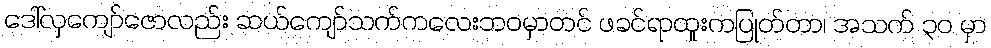
ဒေါ်လှကျော်ဇောလည်း ဆယ်ကျော်သက်ကလေးဘဝမှာတင် ဖခင်ရာထူးကပြုတ်တာ၊ အသက် ၃၀ မှာ